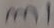
Text: m1